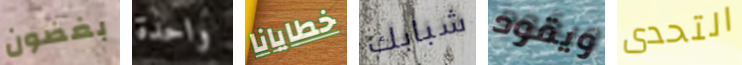
بغضون واحدة خطايانا شبابك ويقود التحدى